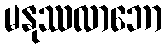
မနုဿလာဘော